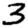
Digit: 3